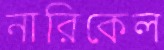
নারিকেল